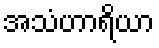
အသံဟာရိယာ